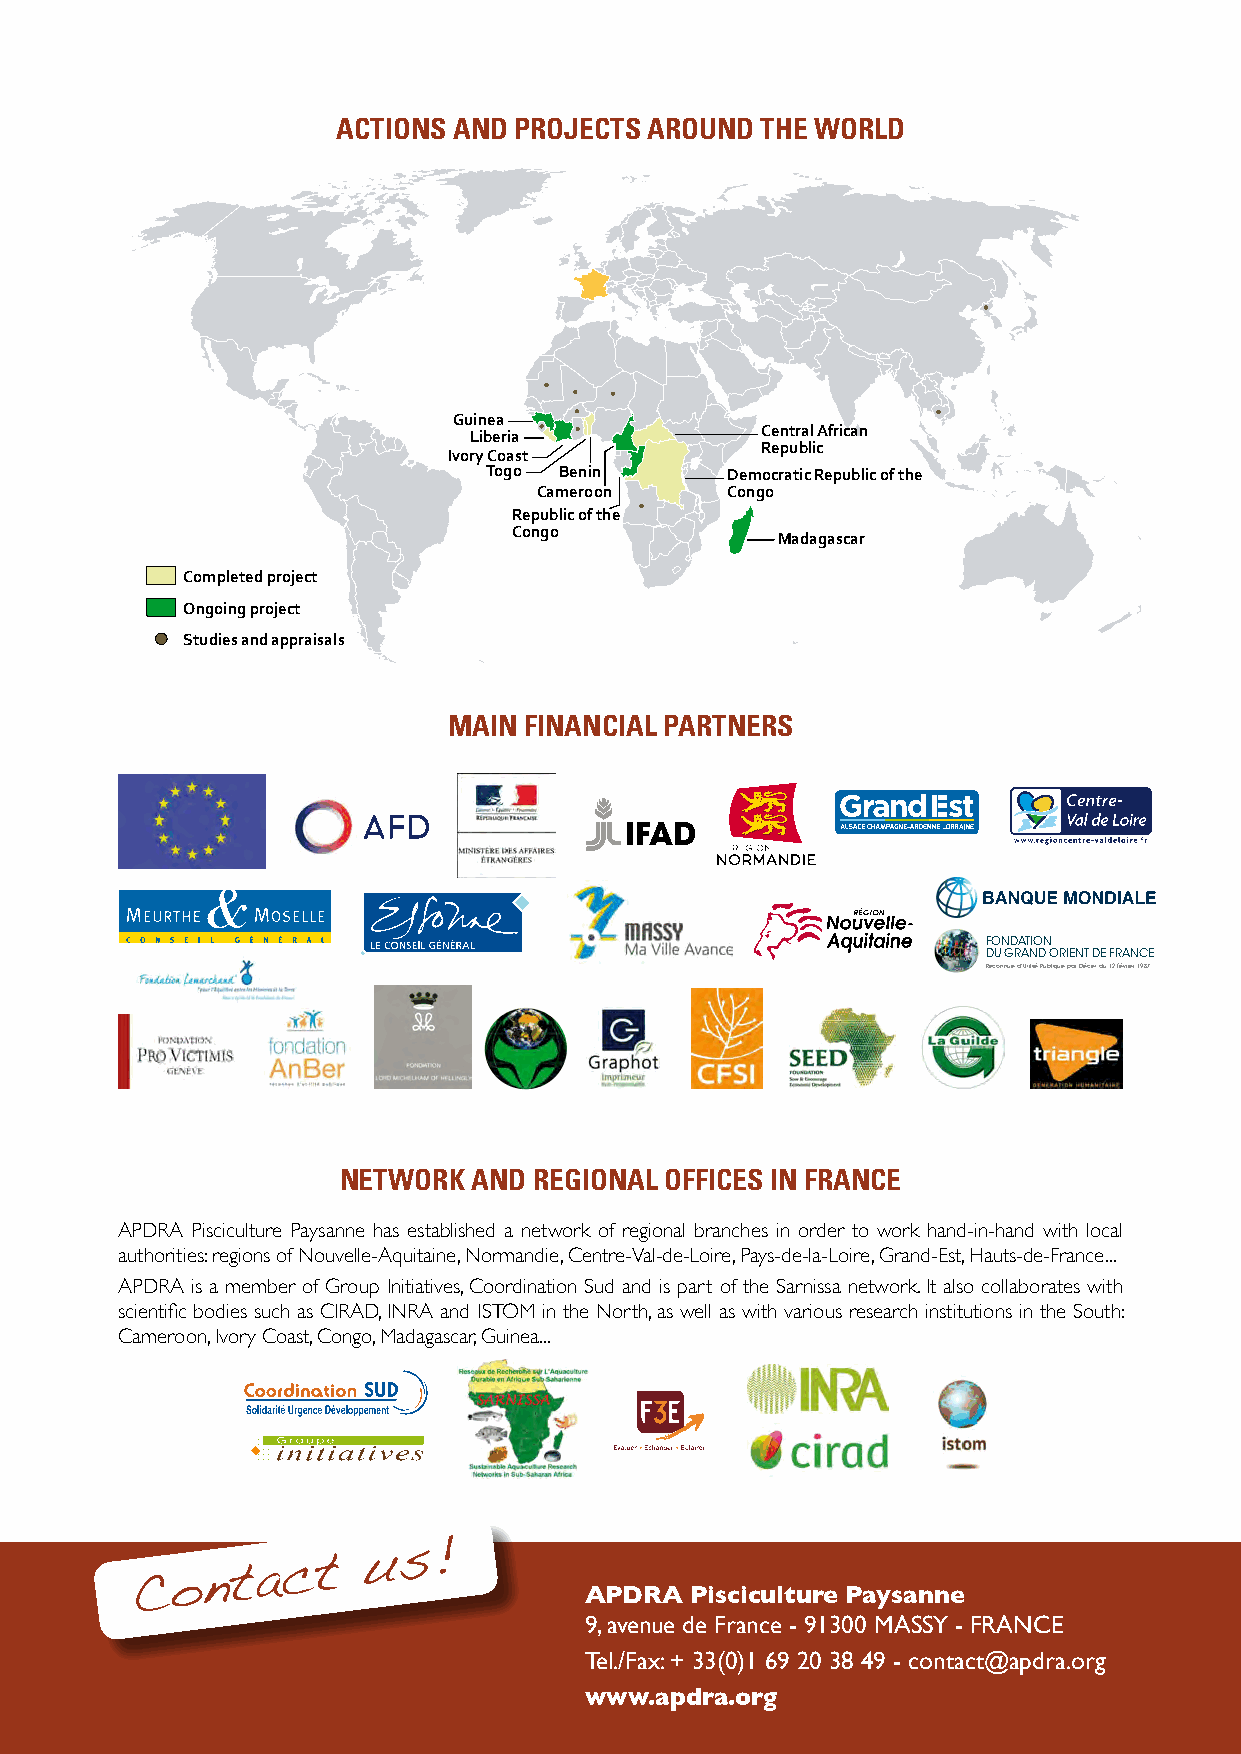
ACTIONS AND PROJECTS AROUND THE WORLD
 Guinea
 Liberia            Central African
 Republic
 Ivory Coast
 Togo Benin      Democratic Republic of the
 Cameroon    Congo
 Republic of the
 Congo
 Madagascar
 Completed project
 Ongoing project
 Studies and appraisals
 MAIN FINANCIAL PARTNERS
 FONDATION
 DU GRAND ORIENT DE FRANCE
 Reconnue d’Utilité Publique par Décret du 12 février 1987
 NETWORK  AND REGIONAL OFFICES IN FRANCE
 APDRA Pisciculture Paysanne has established a network of regional branches in order to work hand-in-hand with local
 authorities: regions of Nouvelle-Aquitaine, Normandie, Centre-Val-de-Loire, Pays-de-la-Loire, Grand-Est, Hauts-de-France...
 APDRA is a member of Group Initiatives, Coordination Sud and is part of the Sarnissa network. It also collaborates with
 scientific bodies such as CIRAD, INRA and ISTOM in the North, as well as with various research institutions in the South:
 Cameroon, Ivory Coast, Congo, Madagascar, Guinea...
 Contact
 us!
 APDRA  Pisciculture Paysanne
 9, avenue de France - 91300 MASSY - FRANCE
 Tel./Fax: + 33(0)1 69 20 38 49 - contact@apdra.org
 www.apdra.org